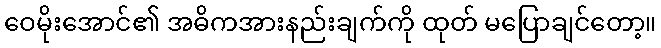
ဝေမိုးအောင်၏ အဓိကအားနည်းချက်ကို ထုတ် မပြောချင်တော့။